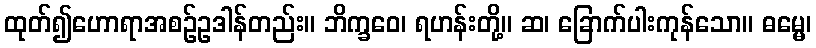
ထုတ်၍ဟောရာအစဉ်ဥဒါန်တည်း။ ဘိက္ခဝေ၊ ရဟန်းတို့။ ဆ၊ ခြောက်ပါးကုန်သော။ ဓမ္မေ၊